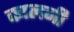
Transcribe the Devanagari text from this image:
कालनी